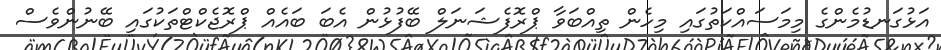
އަޅުގަނޑުމެންގެ މިމަސައްކަތުގައި މިހެން ތިއްބަވާ ޕްރޮފެޝަނަލް ބޭފުޅުން އެބަ ބައެއް ޕްރޮޖެކްޓްތަކުގައި ބޭނުންވެސް